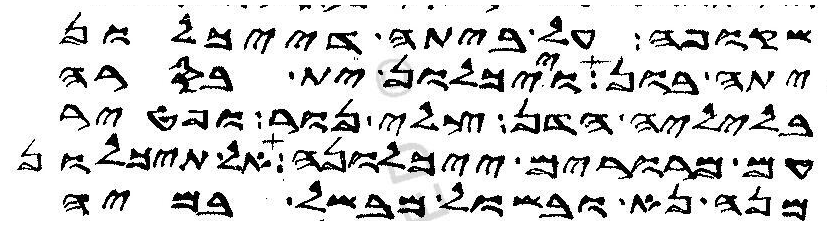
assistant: שקופה על ביתה דייכלון
יתה בון וייכלון ית בסרה
בליליה הדן צלי נור ופטיר
עם מרורים ייכלונה אל תיכלון
מנה נא ובשול מבשל במיה